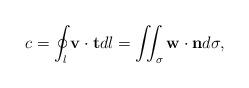
LaTeX: \begin{align*}c=\oint_l\mathbf{v}\cdot \mathbf{t}dl=\iint_{\sigma}\mathbf{w}\cdot\mathbf{n}d\sigma,\end{align*}